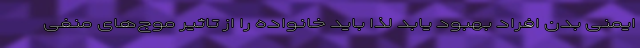
ایمنی بدن افراد بهبود یابد لذا باید خانواده را از تاثیر موج‌های منفی